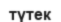
түтек